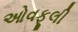
ઓવફૂલી